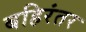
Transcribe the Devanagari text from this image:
बहिरंतर